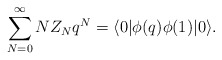
\begin{align*}\sum_{N=0}^\infty N Z_N q^N = \langle 0 | \phi(q) \phi(1)|0\rangle.\end{align*}